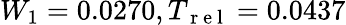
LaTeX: W_{1}=0.0270,T_{\mathrm{~r~e~l~}}=0.0437